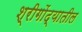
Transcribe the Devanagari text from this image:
श्रीगोंद्यातील